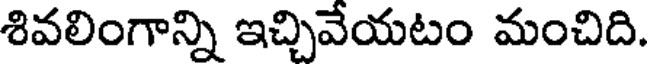
శివలింగాన్ని ఇచ్చివేయటం మంచిది.